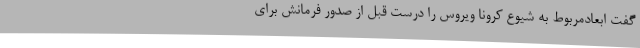
گفت ابعادمربوط به شیوع کرونا ویروس را درست قبل از صدور فرمانش برای